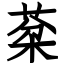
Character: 棻